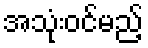
အသုံးဝင်မည့်